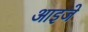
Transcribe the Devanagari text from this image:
आइजे